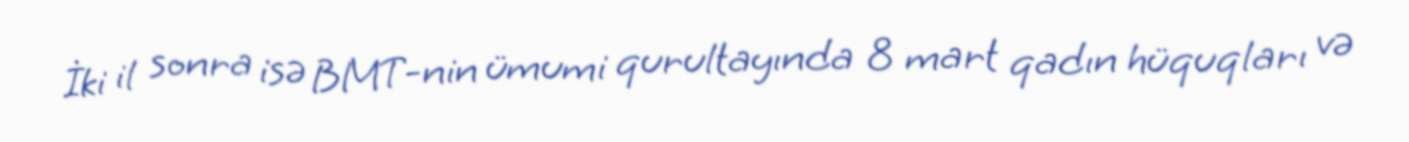
İki il sonra isə BMT-nin ümumi qurultayında 8 mart qadın hüquqları və